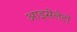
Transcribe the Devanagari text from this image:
आइसेलेटों